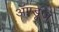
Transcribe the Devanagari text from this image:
ॲण्डूज